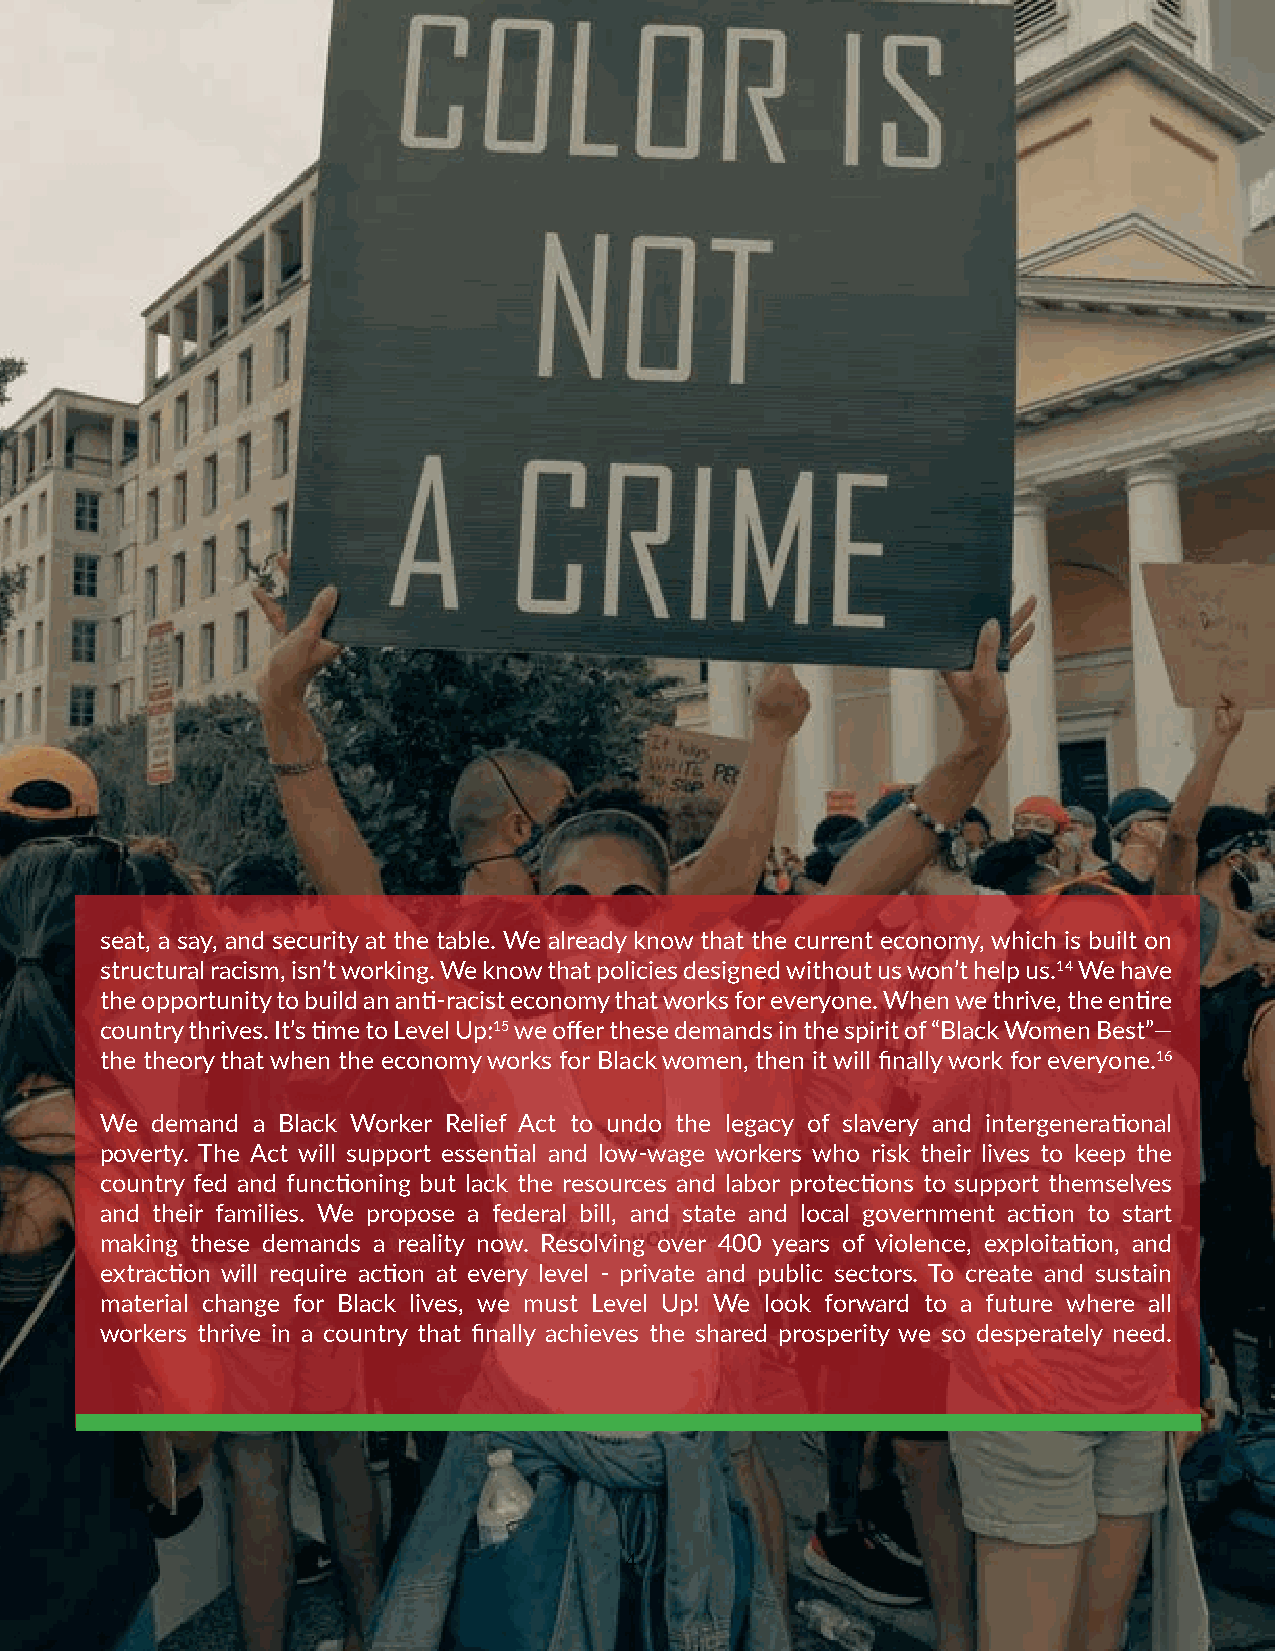
seat, a say, and security at the table. We already know that the current economy, which is built on
 structural racism, isn’t working. We know that policies designed without us won’t help us.14 We have
 the opportunity to build an anti-racist economy that works for everyone. When we thrive, the entire
 country thrives. It’s time to Level Up:15 we offer these demands in the spirit of “Black Women Best”—
 the theory that when the economy works for Black women, then it will finally work for everyone.16
 We demand a Black Worker Relief Act to undo the legacy of slavery and intergenerational
 poverty. The Act will support essential and low-wage workers who risk their lives to keep the
 country fed and functioning but lack the resources and labor protections to support themselves
 and their families. We propose a federal bill, and state and local government action to start
 making these demands a reality now. Resolving over 400 years of violence, exploitation, and
 extraction will require action at every level - private and public sectors. To create and sustain
 material change for Black lives, we must Level Up! We look forward to a future where all
 workers thrive in a country that finally achieves the shared prosperity we so desperately need.
 4